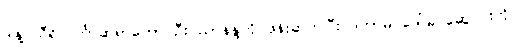
ဒါနဲ့ သီရိလင်္ကာဆရာတော် ဦးပညာနန္ဒကို ဖုန်းဆက်ပြီး ဒကာမ ဒေါ်ခင်ဆွေဝင်းကို